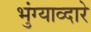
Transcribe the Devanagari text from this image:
भुंग्याव्दारे